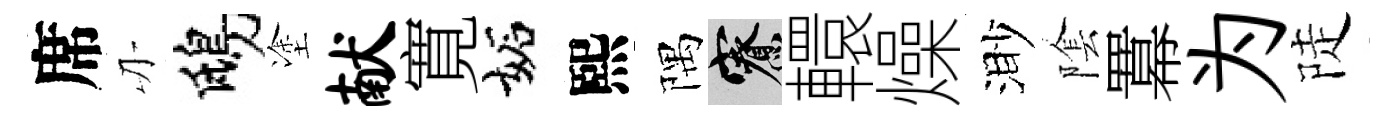
席刃鴟塗献寛妬熙隅寮轘燥渺隂羃为陡